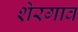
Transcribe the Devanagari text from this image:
शेरगाव